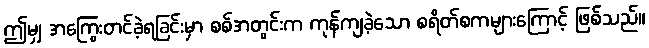
ဤမျှ အကြွေးတင်ခဲ့ရခြင်းမှာ စစ်အတွင်းက ကုန်ကျခဲ့သော စရိတ်စကများကြောင့် ဖြစ်သည်။